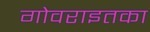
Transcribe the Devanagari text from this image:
गोवराइतका